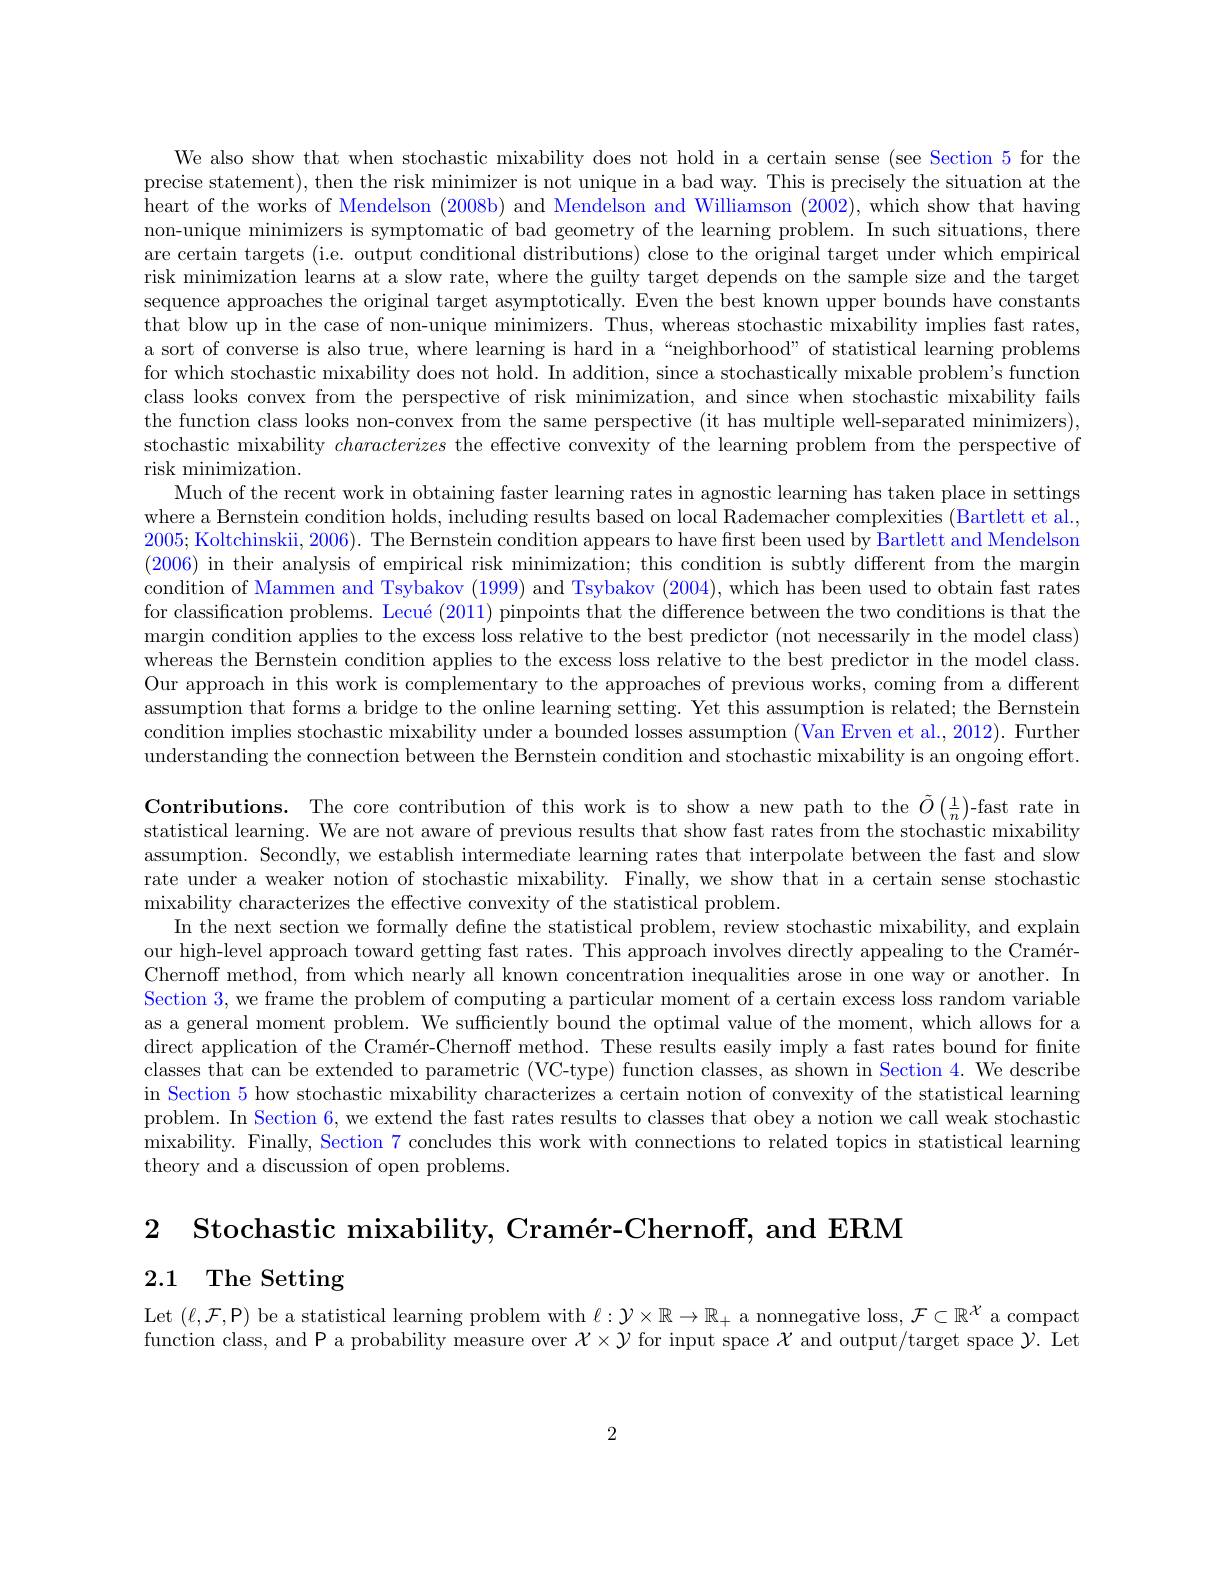
We also show that when stochastic mixability does not hold in a certain sense (see Section 5 for the precise statement), then the risk minimizer is not unique in a bad way. This is precisely the situation at the heart of the works of Mendelson ( 2008b) and Mendelson and Williamson ( 2002) , which show that having non-unique minimizers is symptomatic of bad geometry of the learning problem. In such situations, there are certain targets (i.e. output conditional distributions) close to the original target under which empirical risk minimization learns at a slow rate, where the guilty target depends on the sample size and the target sequence approaches the original target asymptotically. Even the best known upper bounds have constants that blow up in the case of non-unique minimizers. Thus, whereas stochastic mixability implies fast rates, a sort of converse is also true, where learning is hard in a“neighborhood” of statistical learning problems for which stochastic mixability does not hold. In addition, since a stochastically mixable problem's function class looks convex from the perspective of risk minimization, and since when stochastic mixability fails the function class looks non-convex from the same perspective (it has multiple well-separated minimizers), stochastic mixability characterizes the effective convexity of the learning problem from the perspective of risk minimization.
Much of the recent work in obtaining faster learning rates in agnostic learning has taken place in settings where a Bernstein condition holds, including results based on local Rademacher complexities (Bartlett et al., 2005; Koltchinskii, 2006). The Bernstein condition appears to have first been used by Bartlett and Mendelson (2006) in their analysis of empirical risk minimization; this condition is subtly different from the margin condition of Mammen and Tsybakov (1999) and Tsybakov (2004), which has been used to obtain fast rates for classification problems. Lecué (2011) pinpoints that the difference between the two conditions is that the margin condition applies to the excess loss relative to the best predictor (not necessarily in the model class) whereas the Bernstein condition applies to the excess loss relative to the best predictor in the model class. assumption that forms a bridge to the online learning setting. Yet this assumption is related; the Bernstein condition implies stochastic mixability under a bounded losses assumption (Van Erven et al., 2012). Further understanding the connection between the Bernstein condition and stochastic mixability is an ongoing effort. Contributions. The core contribution of this work is to show a new path to the $\tilde{O}\left(\frac1n\right)$-fast rate in statistical learning. We are not aware of previous results that show fast rates from the stochastic mixability assumption. Secondly, we establish intermediate learning rates that interpolate between the fast and slow rate under a weaker notion of stochastic mixability. Finally, we show that in a certain sense stochastic mixability characterizes the
In the next section we formally define the statistical problem, review stochastic mixability, and explain our high-level approach towa Chernoff method, from which nearly all known concentration inequalities arose in one way or another. In Section 3, we frame the problem of computing a particular moment of a certain excess loss random variable as a general moment problem. direct application of the Cramér-Chernoff method. These results easily imply a fast rates bound for finite classes that can be extended in Section 5 how stochastic mixability characterizes a certain notion of convexity of the statistical learning problem. In Section 6, we ex mixability. Finally, Section 7 concludes this work with connections to related topics in statistical learning theory and a discussion of open problems.

2 Stochastic mixability, C

# 2.1 The Setting

Let $(\ell,\mathcal{F},\mathcal{P})$ be a sta function class, and P a prob

2